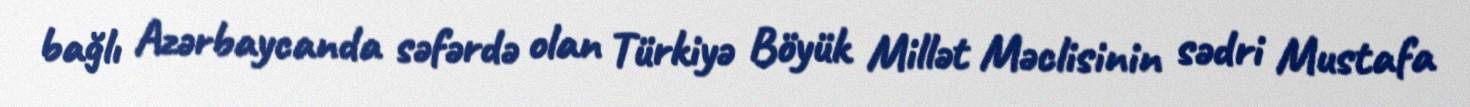
bağlı Azərbaycanda səfərdə olan Türkiyə Böyük Millət Məclisinin sədri Mustafa